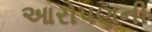
આરોપણની